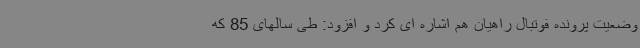
وضعیت پرونده فوتبال راهیان هم اشاره ای کرد و افزود: طی سالهای 85 که